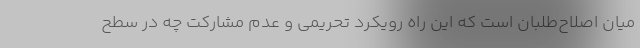
میان اصلاح‌طلبان است که این راه رویکرد تحریمی و عدم مشارکت چه در سطح